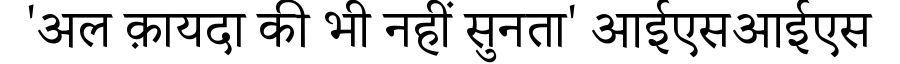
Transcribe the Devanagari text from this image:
'अल क़ायदा की भी नहीं सुनता' आईएसआईएस